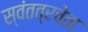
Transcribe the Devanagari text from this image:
स्वंतत्रचेता